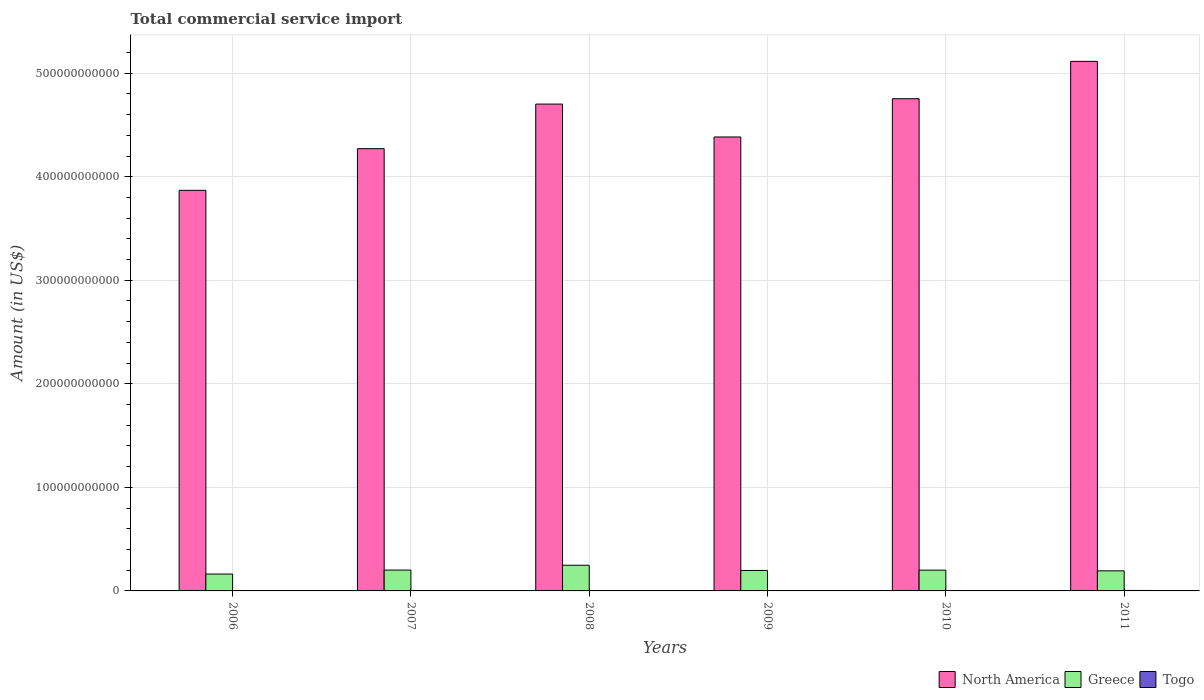
| Years | North America | Greece | Togo |
 | --- | --- | --- | --- |
 | 2006 | 3.87e+11 | 1.63e+10 | 2.61e+08 |
 | 2007 | 4.27e+11 | 2.01e+10 | 3.03e+08 |
 | 2008 | 4.7e+11 | 2.48e+10 | 3.58e+08 |
 | 2009 | 4.38e+11 | 1.98e+10 | 3.74e+08 |
 | 2010 | 4.75e+11 | 2.01e+10 | 3.95e+08 |
 | 2011 | 5.11e+11 | 1.94e+10 | 4.67e+08 |